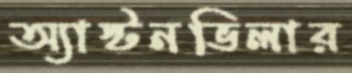
অ্যাস্টনভিলার